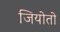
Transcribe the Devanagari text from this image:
जियोतो